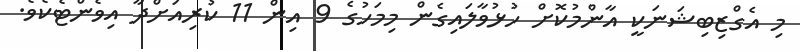
މި އެގްޒިބިޝަނަކީ އާންމުކޮށް ހުޅުވާލައިގެން މިމަހުގެ 9 އިން 11 ކުރިއަށްދާ އިވެންޓެކެވެ.